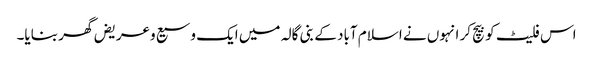
اس فلیٹ کو بیچ کر انہوں نے اسلام آباد کے بنی گالہ میں ایک وسیع وعریض گھر بنایا۔